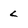
Character: l